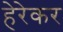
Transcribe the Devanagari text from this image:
हेरेकर